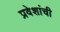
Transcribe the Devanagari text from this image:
प्रवेशांची